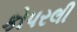
કોપરલી